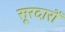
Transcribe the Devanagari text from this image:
सूरदारों